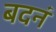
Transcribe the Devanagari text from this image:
बदनं